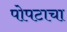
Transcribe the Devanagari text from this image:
पोपटाचा